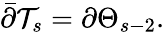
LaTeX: \bar{\partial}\mathcal{T}_{s}=\partial\Theta_{s-2}.